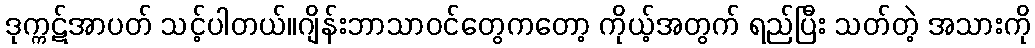
ဒုက္ကဋ်အာပတ် သင့်ပါတယ်။ဂျိန်းဘာသာဝင်တွေကတော့ ကိုယ့်အတွက် ရည်ပြီး သတ်တဲ့ အသားကို